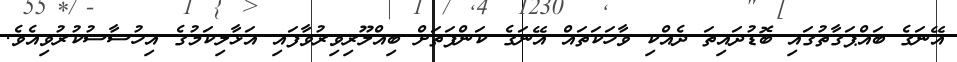
އޭނަގެ ބައްޕަގާތުގައި ބޮޑުދައިތަ ދެއްކި ވާހަކަތައް އޭނަގެ ކަންފަތަށް ބިއްލޫރިވިރުވާފައި އަޅާލިކަމުގެ އިހުސާސުކުރުވިއެވެ.